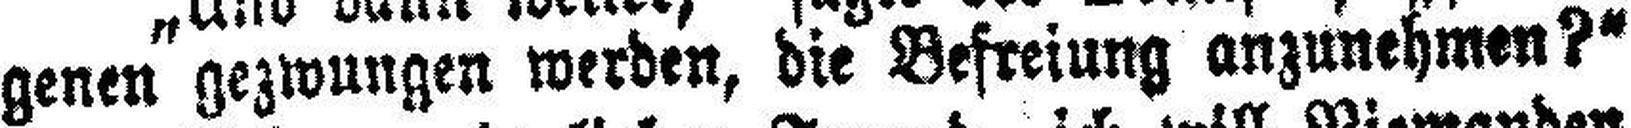
genen gezwungen werden, die Befreiung anzunehmen?“